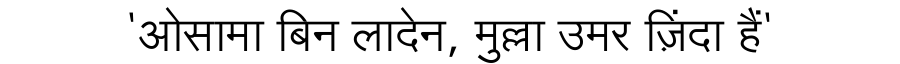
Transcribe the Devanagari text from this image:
'ओसामा बिन लादेन, मुल्ला उमर ज़िंदा हैं'